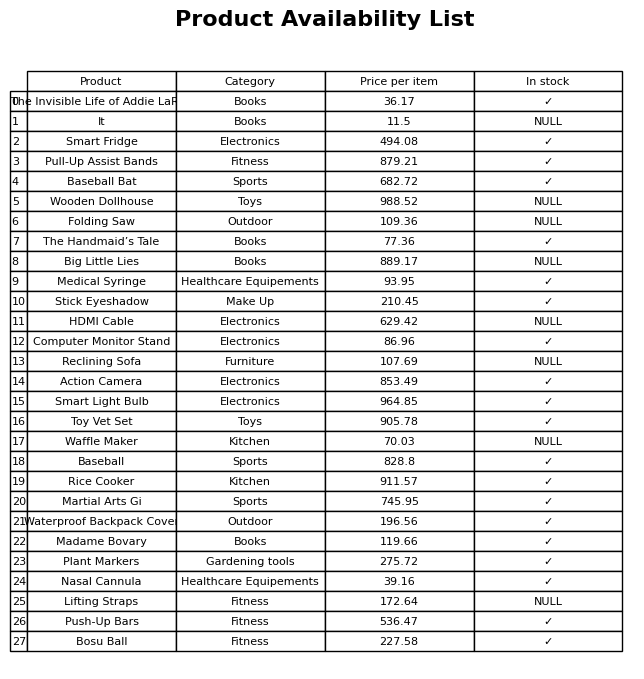
question: What is the stock status of the Big Little Lies?
answer: NULL